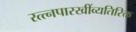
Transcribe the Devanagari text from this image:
रत्त्‍नपारखींव्यतिरिक्त